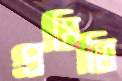
প্রমিতি